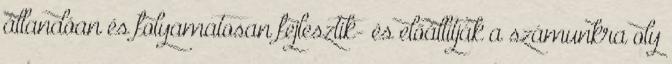
állandóan és folyamatosan fejlesztik- és előállítják a számunkra oly